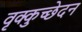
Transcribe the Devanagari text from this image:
वृक्कुच्छेदन